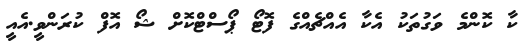
ކާ ކޮންމެ ވަގުތަކު އެކާ އެއްޗެއްގެ ފޮޓޯ ޕޯސްޓްކޮށް ޝޯ އޮފް ކުރަންވީ.އެއީ